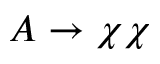
A \to \chi \chi